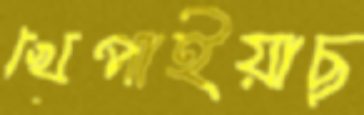
খেপাইয়াছ